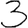
Digit: 3